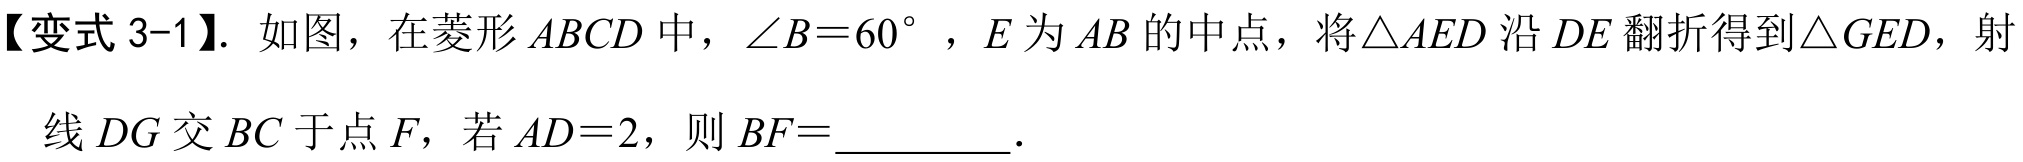
【变式 3-1】. 如图，在菱形 \(ABCD\) 中，\(\angle B = 60^{\circ}\) ，\(E\) 为 \(AB\) 的中点，将 \(\triangle AED\) 沿 \(DE\) 翻折得到 \(\triangle GED\)，射
线 \(DG\) 交 \(BC\) 于点 \(F\)，若 \(AD = 2\)，则 \(BF=\)  ．